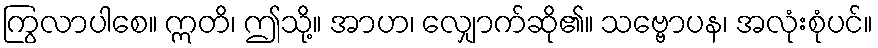
ကြွလာပါစေ။ ဣတိ၊ ဤသို့။ အာဟ၊ လျှောက်ဆို၏။ သဗ္ဗောပန၊ အလုံးစုံပင်။